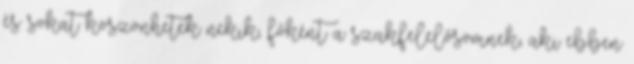
és sokat köszönhetek nekik, főként a szakfelelősömnek, aki ebben